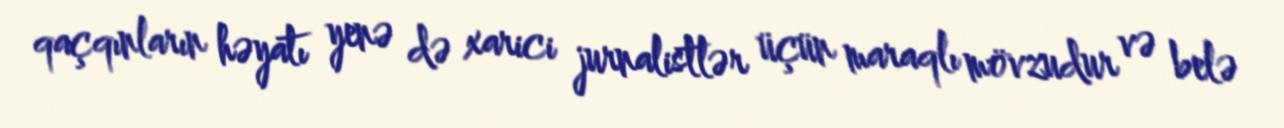
qaçqınların həyatı yenə də xarici jurnalistlər üçün maraqlı mövzudur və belə